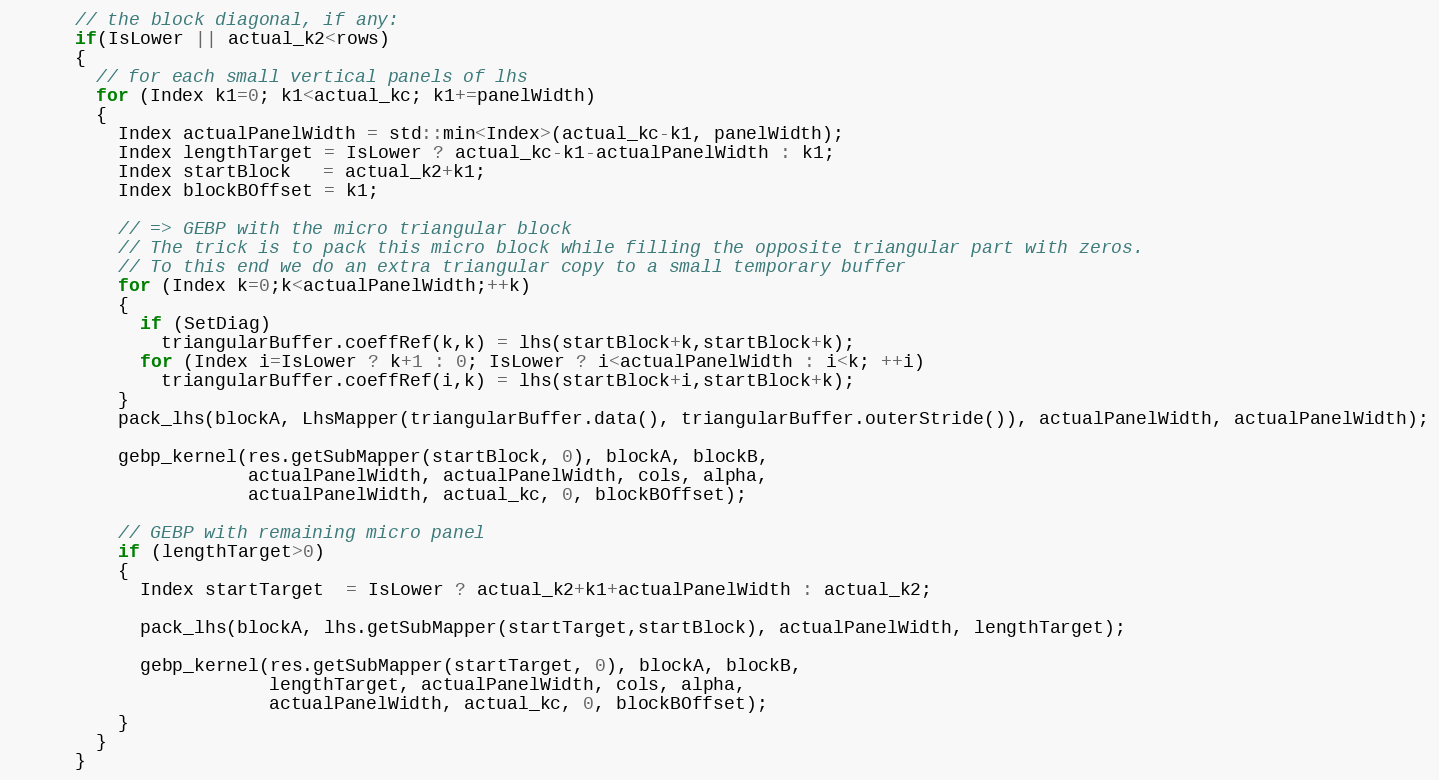
Language: C
      // the block diagonal, if any:
      if(IsLower || actual_k2<rows)
      {
        // for each small vertical panels of lhs
        for (Index k1=0; k1<actual_kc; k1+=panelWidth)
        {
          Index actualPanelWidth = std::min<Index>(actual_kc-k1, panelWidth);
          Index lengthTarget = IsLower ? actual_kc-k1-actualPanelWidth : k1;
          Index startBlock   = actual_k2+k1;
          Index blockBOffset = k1;

          // => GEBP with the micro triangular block
          // The trick is to pack this micro block while filling the opposite triangular part with zeros.
          // To this end we do an extra triangular copy to a small temporary buffer
          for (Index k=0;k<actualPanelWidth;++k)
          {
            if (SetDiag)
              triangularBuffer.coeffRef(k,k) = lhs(startBlock+k,startBlock+k);
            for (Index i=IsLower ? k+1 : 0; IsLower ? i<actualPanelWidth : i<k; ++i)
              triangularBuffer.coeffRef(i,k) = lhs(startBlock+i,startBlock+k);
          }
          pack_lhs(blockA, LhsMapper(triangularBuffer.data(), triangularBuffer.outerStride()), actualPanelWidth, actualPanelWidth);

          gebp_kernel(res.getSubMapper(startBlock, 0), blockA, blockB,
                      actualPanelWidth, actualPanelWidth, cols, alpha,
                      actualPanelWidth, actual_kc, 0, blockBOffset);

          // GEBP with remaining micro panel
          if (lengthTarget>0)
          {
            Index startTarget  = IsLower ? actual_k2+k1+actualPanelWidth : actual_k2;

            pack_lhs(blockA, lhs.getSubMapper(startTarget,startBlock), actualPanelWidth, lengthTarget);

            gebp_kernel(res.getSubMapper(startTarget, 0), blockA, blockB,
                        lengthTarget, actualPanelWidth, cols, alpha,
                        actualPanelWidth, actual_kc, 0, blockBOffset);
          }
        }
      }